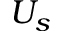
U _ { s }